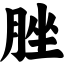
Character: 脞